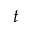
t